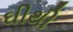
ઘીથી